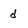
Character: d